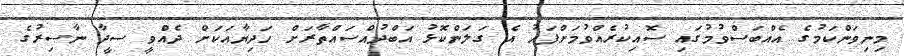
މިނިވަންކަމުގެ އެއްބަސްވުމުގައި ސޮއިކުރެއްވުމަށްފަހު އެ ގަލަންކޮޅު އަބްދުއްސައްތާރަށް ހަދިޔާއަކަށް ދެއްވީ ސީދާ ނާސިރުގެ